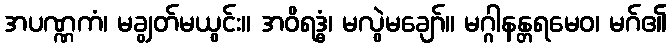
အပဏ္ဏကံ၊ မချွတ်မယွင်း။ အဝိရဒ္ဓံ၊ မလွဲမချော်။ မဂ္ဂါနန္တရမေဝ၊ မဂ်၏